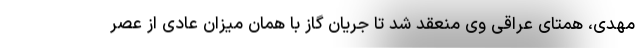
مهدی، همتای عراقی وی منعقد شد تا جریان گاز با همان میزان عادی از عصر